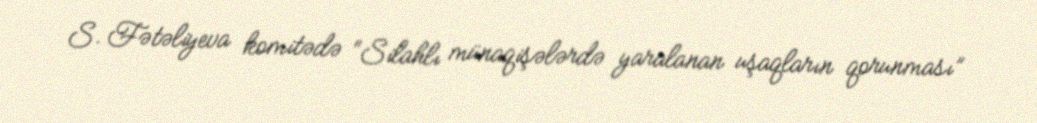
S. Fətəliyeva komitədə “Silahlı münaqişələrdə yaralanan uşaqların qorunması”